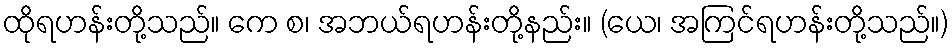
ထိုရဟန်းတို့သည်။ ကေ စ၊ အဘယ်ရဟန်းတို့နည်း။ (ယေ၊ အကြင်ရဟန်းတို့သည်။)